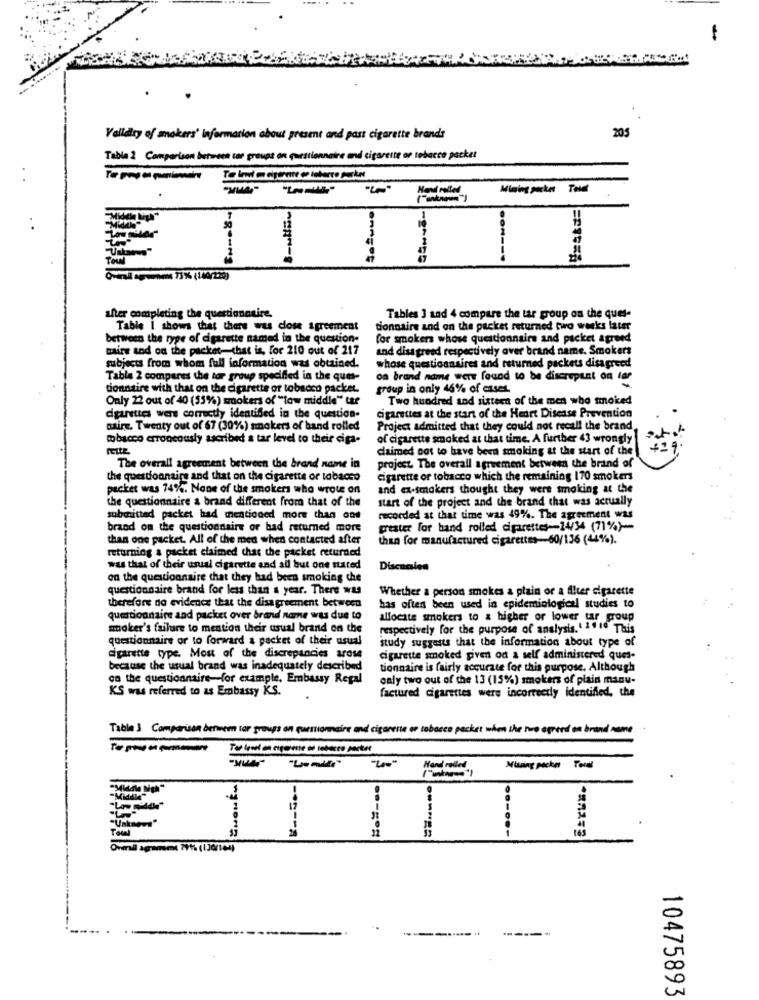
-
Validity of makers' information about present and past cigarette brands
205
Tabla 2 Comparison between car groups on questionnaire and cigarette or tobacco packet
Mining pocket Total
Towl
| | 1
1
Owrail aşwmnen 73% (100/220)
after completing the questionnuire.
Tables 3 and 4 compare the tar proup on the ques-
Table I shows that there was dose agreement
tionnaire and on the packet returned two weeks later
between the type of cigarette named in the question-
for smokers whose questionnaire and packet agreed
taire and on the packet-that is, for 210 out of 217
and disagreed respectively aver brand name. Smokers
whose questionnaires and returned packets disagreed
subjects from whom full information was obtained.
Table 2 compares the tor group specified in the ques-
on brand name were found to be discrepant on lar
donnaire with that on the cigarette or tobacco packet.
group in only 46% of cases.
Only 22 out of 40 (55%) smokers of "low middle" tar
Two hundred and sixteen of the men who smoked
cigarettes were correctly identified in the question-
cigarettes at the start of the Heart Disease Prevention
adire. Twenty out of 67 (30%) smokers of band rolled
Project admitted that they could not recall the brand
tobacco erroneously ascribed a tar level to their ciga-
of cigarette smoked at that time. A further 43 wrongly
claimed not to have been smoking at the start of the
The overall agreement between the brand name in
project. The overall agreement between the brand of
the questionnaire and that on the cigarette or tobacco
cigarette or tobacco which the remaining 170 smokers
packet was 74%. None of the smokers who wrote on
and ex-smokers thought they were smoking at the
the questionnaire a brand different from that of the
start of the project and the brand that was actually
submitted packet had mentioned more than ont
recorded at that time was 49%. The agreement was
brand on the questionnaire or bad returned more
greater for hand rolled cigarettes14/34 (71%)-
than one packet. All of the med when contacted after
than for manufactured cigarettes-60/136 (44%).
returning a packet claimed that the packet returned
was that of their usual cigarette and all but one stated
Discacien
on the questionnaire that they had been smoking che
questionnaire brand for less than a year. There was
Whether a person smokes a plain or a filter cigarette
therefore no evidence that the disagreement between
has often been used in epidemiological studies to
questionnaire and packet over brand name was due to
allocate smokers to a higher or lower tar group
smoker's failure to mention their usual brand on the
respectively for the purpose of analysis. 1 21 10 This
questionnaire or to forward & packet of their usual
study suggests that the information about type of
cigarette type. Most of the discrepancies arose
cigarette smoked given od a self administered ques-
because the usual brand was inadequately described
tionnaire is fairly accurate for this purpose. Although
on the questionnaire-for example, Embassy Regal
only two out of the 13 (15%) smokers of plain manu-
KS was referred to as Embassy KS.
factured cigarettes were incorrectly identified, the
Table 3 Comparison between for groups on parmiomaire and cigarette or tabacco packes when the two append on brand name
Hand rolled
Musing packen Total
"Middle Nigh"
"Unknown"
..----
11 / 1
Ovmall agramm( 795% (130/164)
--
10475893